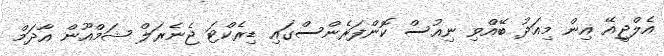
އެލްޖީއޭ އިން މިއަދު ބޭއްވި ނިއުސް ކޮންފަރެންސްގައި ޑިރެކްޓަ ޖެނެރަލް ޝަމްއޫން އާދަމް